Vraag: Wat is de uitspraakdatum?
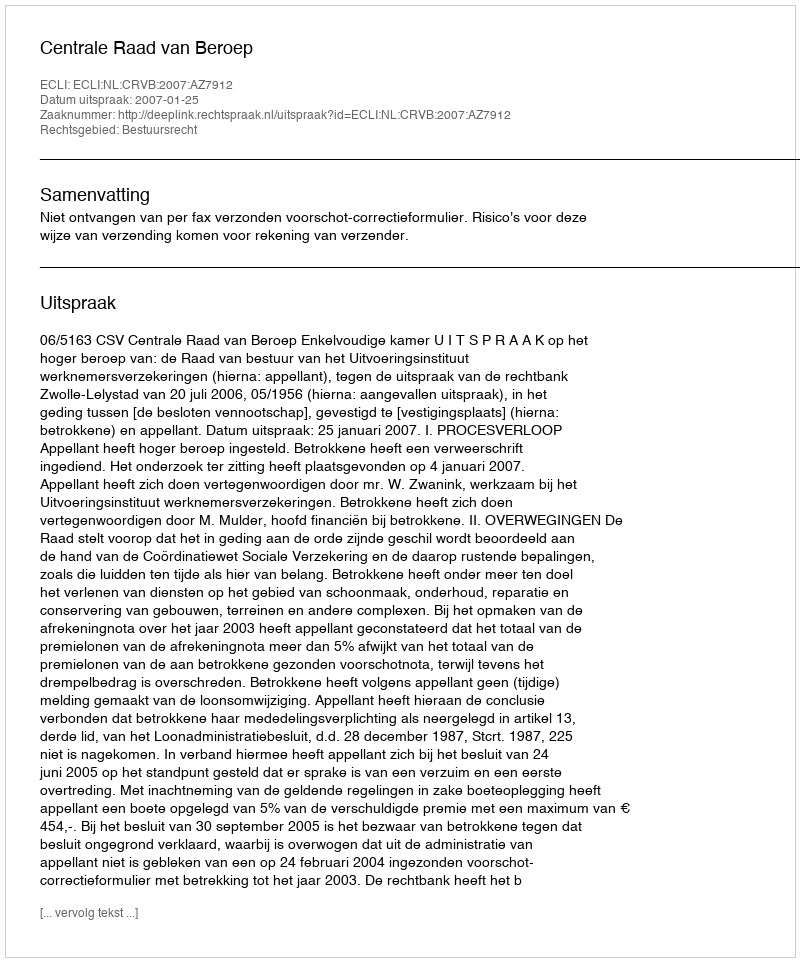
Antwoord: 2007-01-25